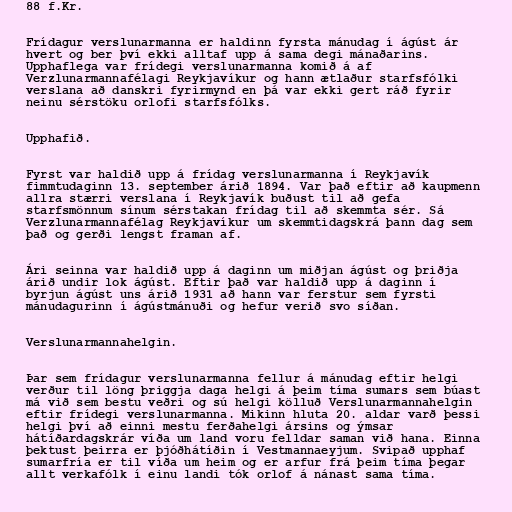
88 f.Kr.

Frídagur verslunarmanna er haldinn fyrsta mánudag í ágúst ár
hvert og ber því ekki alltaf upp á sama degi mánaðarins.
Upphaflega var frídegi verslunarmanna komið á af
Verzlunarmannafélagi Reykjavíkur og hann ætlaður starfsfólki
verslana að danskri fyrirmynd en þá var ekki gert ráð fyrir
neinu sérstöku orlofi starfsfólks.

Upphafið.

Fyrst var haldið upp á frídag verslunarmanna í Reykjavík
fimmtudaginn 13. september árið 1894. Var það eftir að kaupmenn
allra stærri verslana í Reykjavík buðust til að gefa
starfsmönnum sínum sérstakan frídag til að skemmta sér. Sá
Verzlunarmannafélag Reykjavíkur um skemmtidagskrá þann dag sem
það og gerði lengst framan af.

Ári seinna var haldið upp á daginn um miðjan ágúst og þriðja
árið undir lok ágúst. Eftir það var haldið upp á daginn í
byrjun ágúst uns árið 1931 að hann var ferstur sem fyrsti
mánudagurinn í ágústmánuði og hefur verið svo síðan.

Verslunarmannahelgin.

Þar sem frídagur verslunarmanna fellur á mánudag eftir helgi
verður til löng þriggja daga helgi á þeim tíma sumars sem búast
má við sem bestu veðri og sú helgi kölluð Verslunarmannahelgin
eftir frídegi verslunarmanna. Mikinn hluta 20. aldar varð þessi
helgi því að einni mestu ferðahelgi ársins og ýmsar
hátíðardagskrár víða um land voru felldar saman við hana. Einna
þektust þeirra er þjóðhátíðin í Vestmannaeyjum. Svipað upphaf
sumarfría er til víða um heim og er arfur frá þeim tíma þegar
allt verkafólk í einu landi tók orlof á nánast sama tíma.